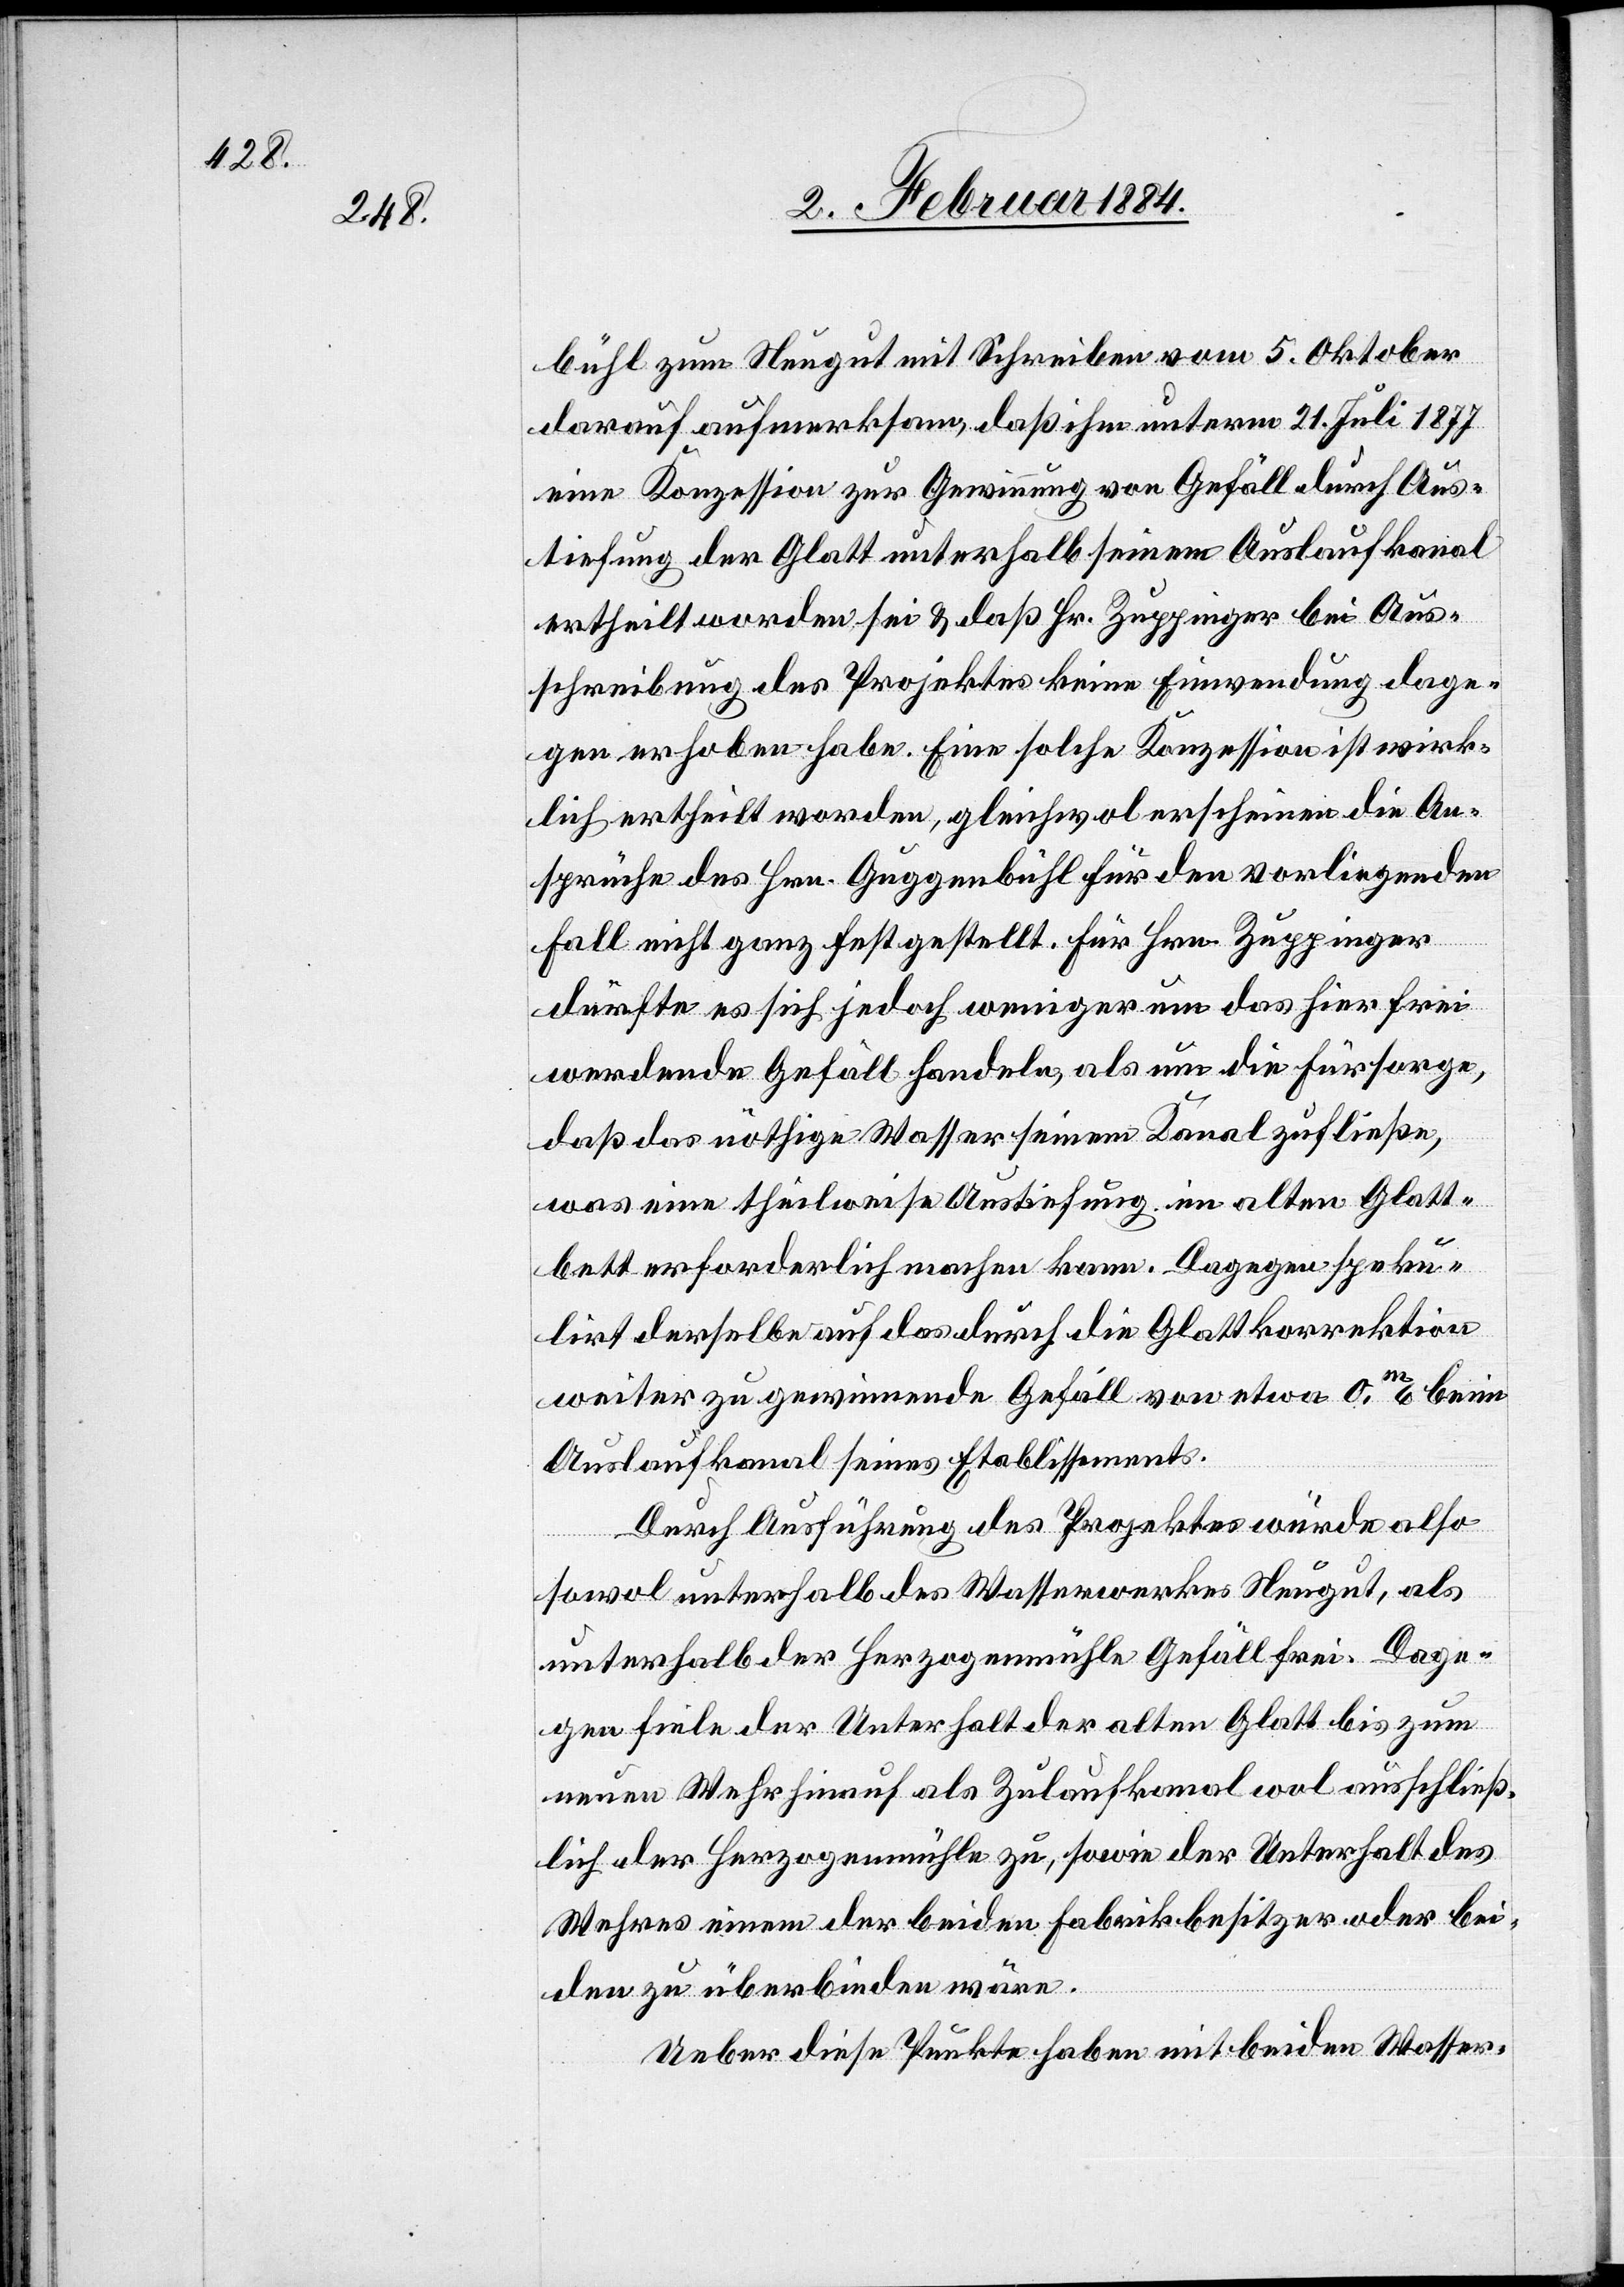
bühl zum Neugut mit Schrieben vom 5. Oktober
darauf aufmerksam, daß ihm unterm 21. Juli 1877
eine Konzession zur Gewinnung von Gefäll durch Aus¬
tiefung der Glatt unterhalb seinem Auslaufkanal
ertheilt worden sein & daß Hr. Zuppinger bei Aus¬
schreibung des Projektes keine Einwendung dage¬
gen erhoben habe. Eine solche Konzession ist wirk¬
lich ertheilt worden, gleichwol erscheinen die An¬
sprüche des Hrn. Guggenbühl für den vorliegenden
Fall nicht ganz festgestellt. Für Hrn. Zuppinger
dürfte es sich jedoch weniger um das hier frei
werdende Gefäll handeln, als um die Fürsorge,
daß das nöthige Wasser seinem Kanal zufließe,
was eine theilweise Austiefung im alten Glatt¬
bett erforderlich machen kann. Dagegen speku¬
lirt derselbe auf das durch die Glattkorrektion
weiter zu gewinnende Gefäll von etwa 0,m 6 beim
Auslaufkanal seines Etablissements.
Durch Ausführung des Projektes würde also
sowol unterhalb des Wasserwerkes Neugut, als
unterhalb der Herzogenmühle Gefäll frei. Dage¬
gen fiele der Unterhalt der alten Glatt bis zum
neuen Wehr hierauf als Zulaufkanal wol ausschließ¬
lich der Herzogenmühle zu, sowie der Unterhalt des
Wehres einem der beiden Fabrikbesitzer oder bei¬
den zu überbinden wäre.
Ueber diese Punkte haben mit beiden Wasser-